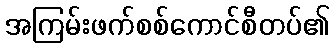
အကြမ်းဖက်စစ်ကောင်စီတပ်၏